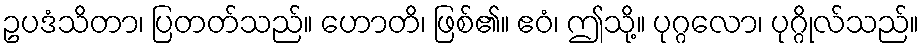
ဥပဒံသိတာ၊ ပြတတ်သည်။ ဟောတိ၊ ဖြစ်၏။ ဧဝံ၊ ဤသို့။ ပုဂ္ဂလော၊ ပုဂ္ဂိုလ်သည်။